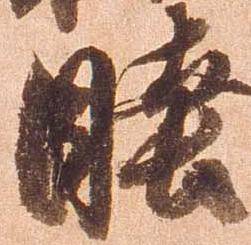
睦